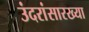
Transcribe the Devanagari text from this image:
उंदरांसारख्या